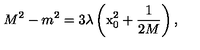
M ^ { 2 } - m ^ { 2 } = 3 \lambda \left( \mathrm { x } _ { 0 } ^ { 2 } + \frac { 1 } { 2 M } \right) ,